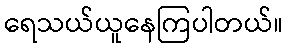
ရေသယ်ယူနေကြပါတယ်။